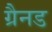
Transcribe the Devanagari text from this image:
ग्रैनड